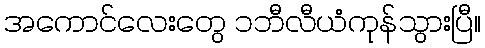
အကောင်လေးတွေ ၁ဘီလီယံကုန်သွားပြီ။